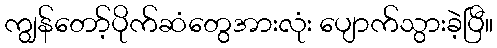
ကျွန်တော့်ပိုက်ဆံတွေအားလုံး ပျောက်သွားခဲ့ပြီ။